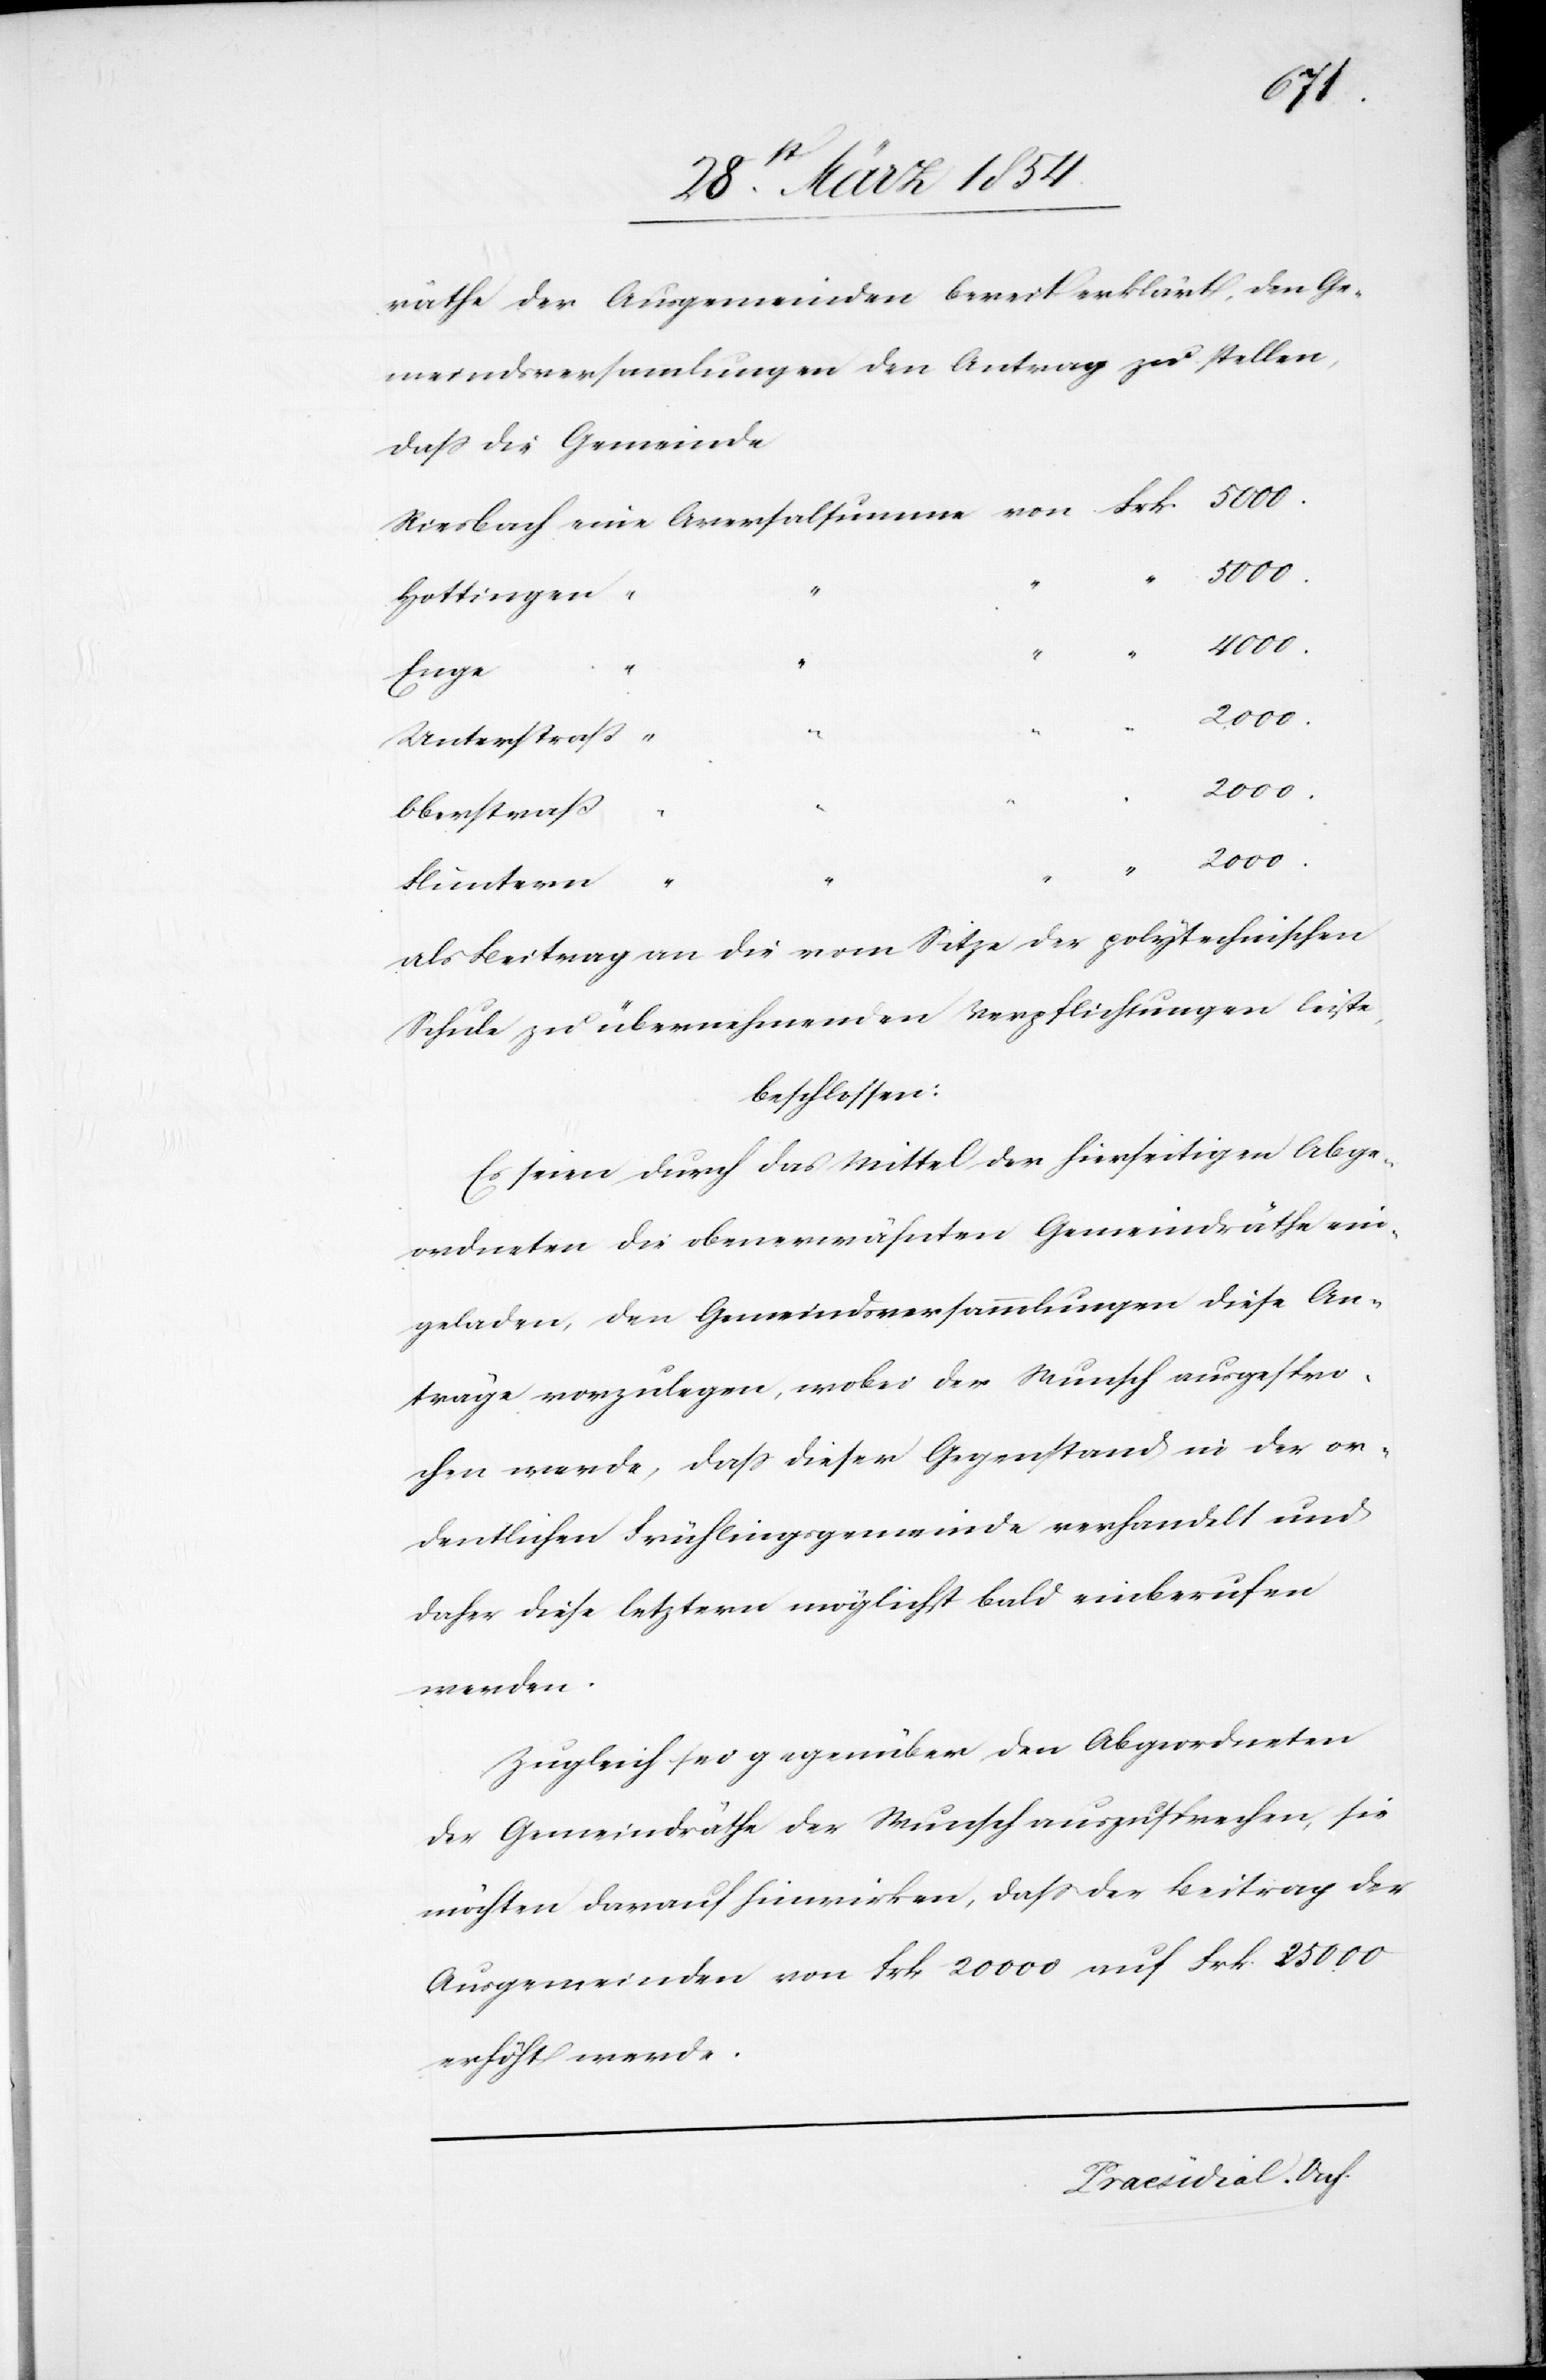
räthe der Ausgemeinden bereit erklärt, den Ge¬
meindsversammlungen den Antrag zu stellen,
dass die Gemeinde
Hottingen
Enge
4000.
Unterstraß
2000.
Oberstraß
2000.
Frk.
Fluntern
als Beitrag an die vom Sitze der polytechnischen
Schule zu übernehmenden Verpflichtungen leiste,
beschlossen:
Es seien durch das Mittel der hierseitigen Abge¬
ordneten die obenerwähnten Gemeindräthe ein¬
geladen, den Gemeindsversammlungen diese An¬
träge vorzulegen, wobei der Wunsch ausgespro¬
chen werde, daß dieser Gegenstand in der or¬
dentlichen Frühlingsgemeinde verhandelt und
daher diese letztern möglichst bald einberufen
werden.
Zugleich sei gegenüber den Abgeordneten
der Gemeindräthe der Wunsch auszusprechen, sie
möchten darauf hinwirken, daß der Beitrag der
Ausgemeinden von Frk. 20 000 auf Frk. 25 000
erhöht werde.